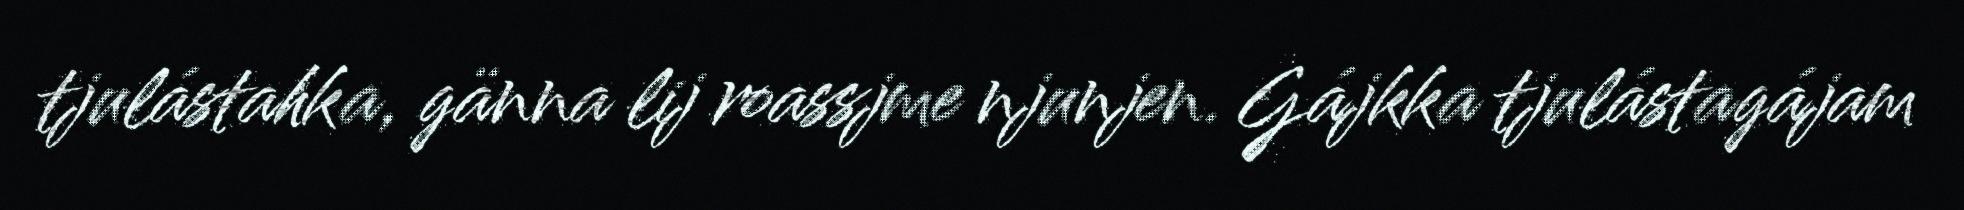
tjulástahka, gänna lij roassjme njunjen. Gájkka tjulástagájam